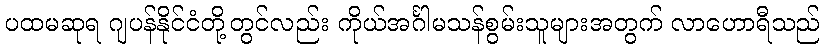
ပထမဆုရ ဂျပန်နိုင်ငံတို့တွင်လည်း ကိုယ်အင်္ဂါမသန်စွမ်းသူများအတွက် လာဟောရီသည်